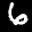
Label: 6